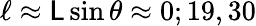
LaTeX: \ell\approx\mathsf{L}\sin\theta\approx0;19,30